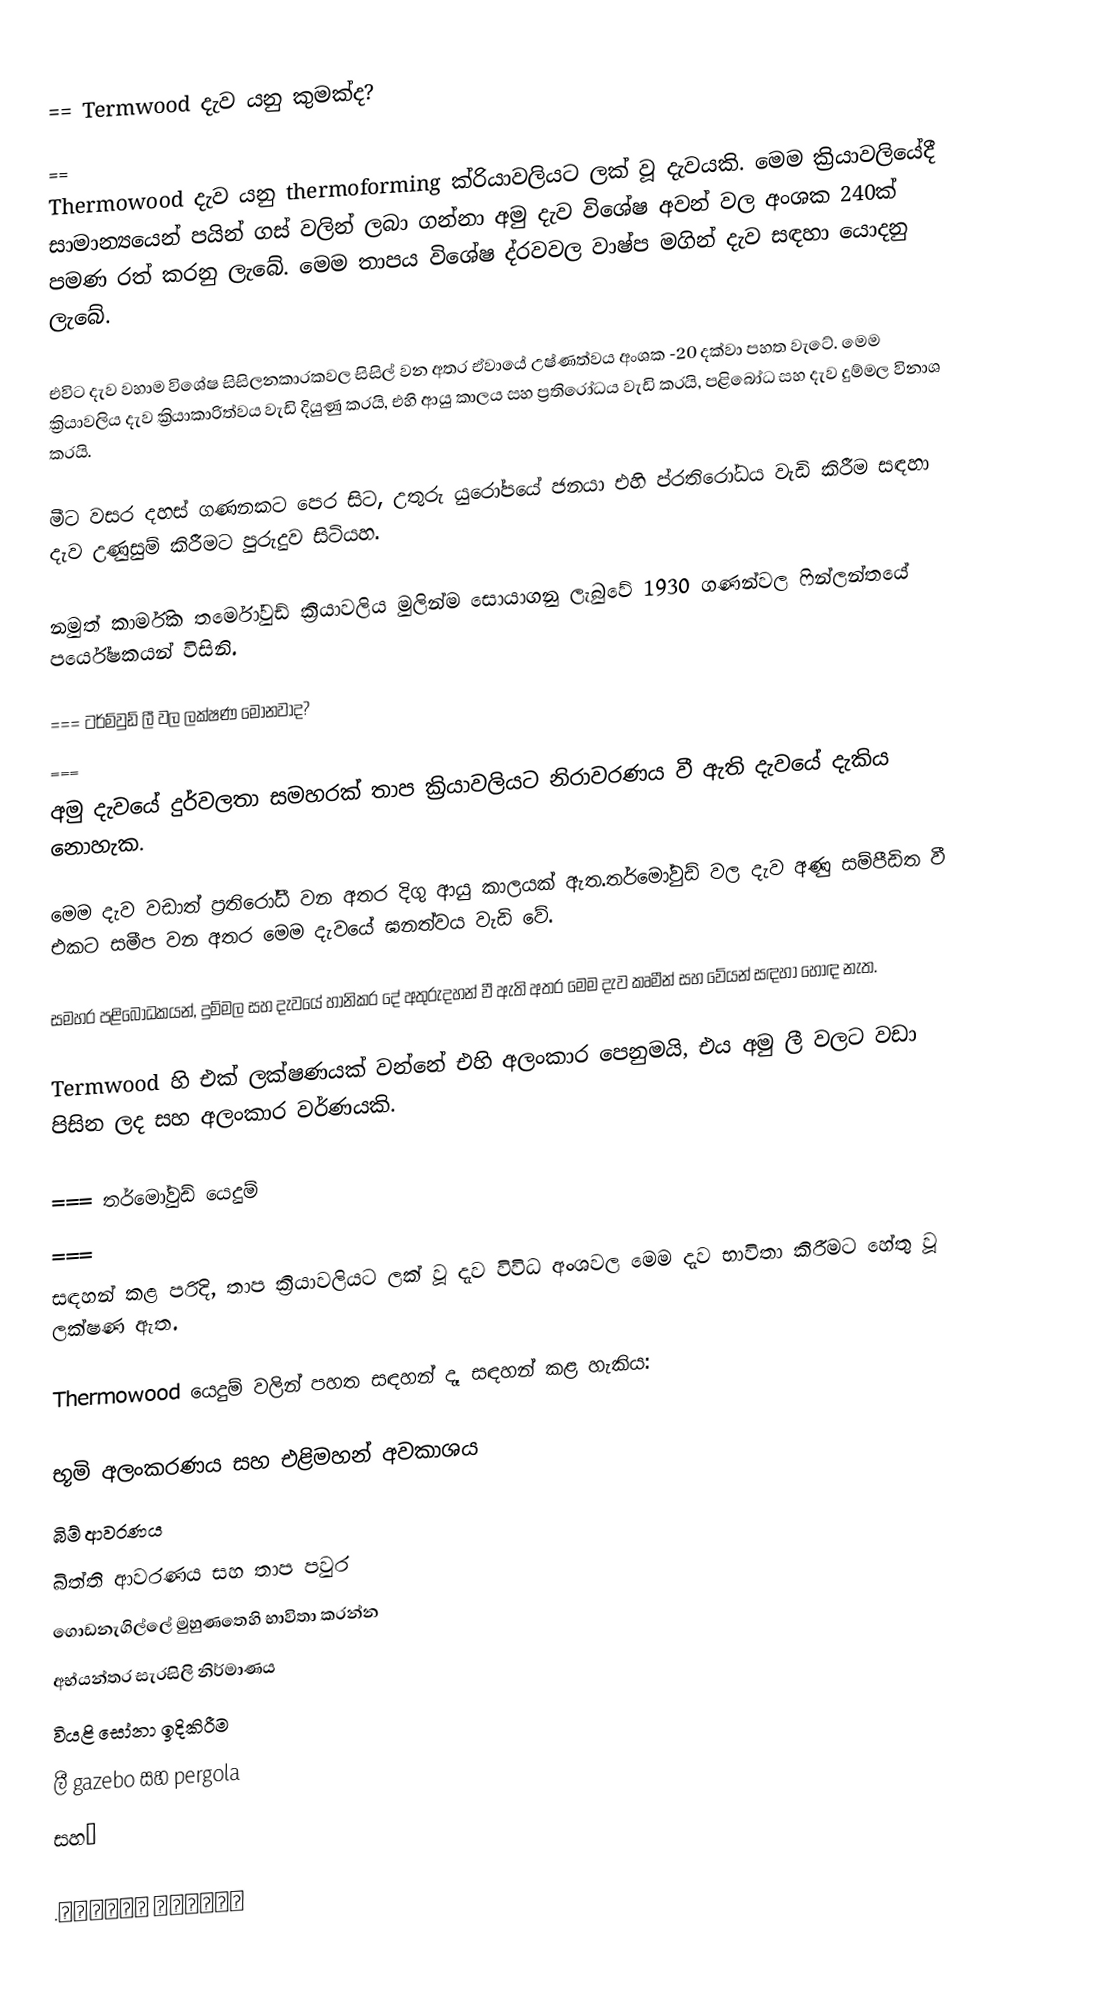
== Termwood දැව යනු කුමක්ද?
 ==
Thermowood දැව යනු thermoforming ක්රියාවලියට ලක් වූ දැවයකි. මෙම ක්‍රියාවලියේදී සාමාන්‍යයෙන් පයින් ගස් වලින් ලබා ගන්නා අමු දැව විශේෂ අවන් වල අංශක 240ක් පමණ රත් කරනු ලැබේ. මෙම තාපය විශේෂ ද්රවවල වාෂ්ප මගින් දැව සඳහා යොදනු ලැබේ.

එවිට දැව වහාම විශේෂ සිසිලනකාරකවල සිසිල් වන අතර ඒවායේ උෂ්ණත්වය අංශක -20 දක්වා පහත වැටේ. මෙම ක්‍රියාවලිය දැව ක්‍රියාකාරිත්වය වැඩි දියුණු කරයි, එහි ආයු කාලය සහ ප්‍රතිරෝධය වැඩි කරයි, පළිබෝධ සහ දැව දුම්මල විනාශ කරයි.

මීට වසර දහස් ගණනකට පෙර සිට, උතුරු යුරෝපයේ ජනයා එහි ප්රතිරෝධය වැඩි කිරීම සඳහා දැව උණුසුම් කිරීමට පුරුදුව සිටියහ.

නමුත් කාර්මික තර්මෝවුඩ් ක්‍රියාවලිය මුලින්ම සොයාගනු ලැබුවේ 1930 ගණන්වල ෆින්ලන්තයේ පර්යේෂකයන් විසිනි.

=== ටර්ම්වුඩ් ලී වල ලක්ෂණ මොනවාද?
 ===
අමු දැවයේ දුර්වලතා සමහරක් තාප ක්‍රියාවලියට නිරාවරණය වී ඇති දැවයේ දැකිය නොහැක.

මෙම දැව වඩාත් ප්‍රතිරෝධී වන අතර දිගු ආයු කාලයක් ඇත.තර්මෝවුඩ් වල දැව අණු සම්පීඩිත වී එකට සමීප වන අතර මෙම දැවයේ ඝනත්වය වැඩි වේ.

සමහර පළිබෝධකයන්, දුම්මල සහ දැවයේ හානිකර දේ අතුරුදහන් වී ඇති අතර මෙම දැව කෘමීන් සහ වේයන් සඳහා හොඳ නැත.

Termwood හි එක් ලක්ෂණයක් වන්නේ එහි අලංකාර පෙනුමයි, එය අමු ලී වලට වඩා පිසින ලද සහ අලංකාර වර්ණයකි.

=== තර්මෝවුඩ් යෙදුම්
 ===
සඳහන් කළ පරිදි, තාප ක්‍රියාවලියට ලක් වූ දැව විවිධ අංශවල මෙම දැව භාවිතා කිරීමට හේතු වූ ලක්ෂණ ඇත.

Thermowood යෙදුම් වලින් පහත සඳහන් දෑ සඳහන් කළ හැකිය:

 භූමි අලංකරණය සහ එළිමහන් අවකාශය
 බිම් ආවරණය
 බිත්ති ආවරණය සහ තාප පවුර
 ගොඩනැගිල්ලේ මුහුණතෙහි භාවිතා කරන්න
 අභ්යන්තර සැරසිලි නිර්මාණය
 වියළි සෝනා ඉදිකිරීම
 ලී gazebo සහ pergola
 සහ…

	ترموود ایرانی.